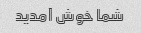
شما خوش آمدید